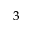
^ 3